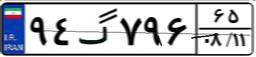
۵۲گ۵۹۲۸۶